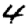
Digit: 4